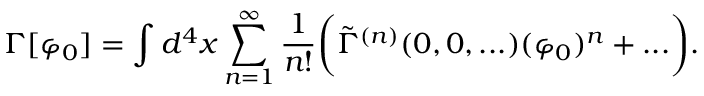
\Gamma [ \varphi _ { 0 } ] = \int d ^ { 4 } x \sum _ { n = 1 } ^ { \infty } \frac { 1 } { n ! } \biggr ( \tilde { \Gamma } ^ { ( n ) } ( 0 , 0 , . . . ) ( \varphi _ { 0 } ) ^ { n } + . . . \biggr ) .